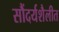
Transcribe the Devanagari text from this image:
सौंदर्यशैलीत